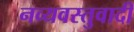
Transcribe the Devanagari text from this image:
नव्यवस्तुवादी